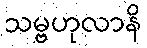
သမ္ဗဟုလာနိ